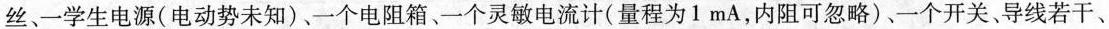
丝、一学生电源(电动势未知)、一个电阻箱、一个灵敏电流计(量程为1mA，内阻可忽略)、一个开关、导线若干、